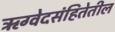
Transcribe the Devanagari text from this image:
ऋग्वेदसंहितेतील